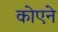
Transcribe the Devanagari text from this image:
कोएने